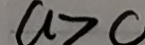
a > c